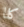
كلا